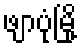
ဖျာပုံမြို့